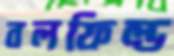
বলফিল্ড